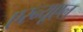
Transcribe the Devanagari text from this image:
एरन्‍यूएल